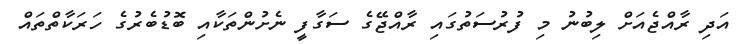
އަދި ރާއްޖެއަށް ލިބުނު މި ފުރުސަތުގައި ރާއްޖޭގެ ސަގާފީ ނެށުންތަކާއި ބޮޑުބެރުގެ ހަރަކާތްތައް